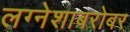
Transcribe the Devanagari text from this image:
लग्नेशाबरोबर